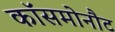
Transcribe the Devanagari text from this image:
कॉसमोनौट